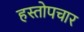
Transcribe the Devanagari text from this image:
हस्तोपचार